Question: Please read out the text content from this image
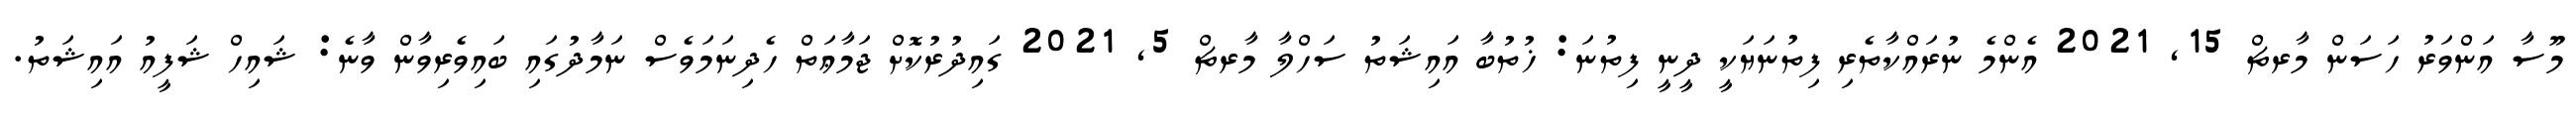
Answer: މޫސާ އަންވަރު ހަސަން މާރޗް 15, 2021 އެންމެ ނުރައްކާތެރި ފިތުނަޔަކީ ދީނީ ފިތުނަ: ޚުތުބާ އައިޝަތު ސަހްލާ މާރޗް 5, 2021 ގައިދުރުކޮށް ޖަމާޢަތް ހެދިނަމަވެސް ނަމާދުގައި ބައިވެރިވާން ވާނެ: ޝައިހް ޝަފީއު އައިޝަތު.